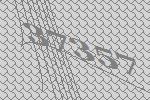
37357